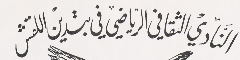
النَادي الثقافي الرياضي في بتدين اللقش